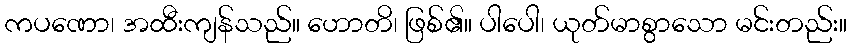
ကပဏော၊ အထီးကျန်သည်။ ဟောတိ၊ ဖြစ်၏။ ပါပေါ၊ ယုတ်မာစွာသော မင်းတည်း။